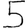
Digit: 5